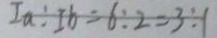
I a : I b = 6 : 2 = 3 : 1